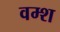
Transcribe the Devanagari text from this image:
वम्श